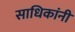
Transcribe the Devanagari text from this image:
साधिकांनी